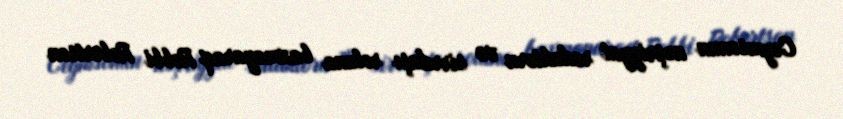
Ceymsonun nəşriyyat redaktoru və sirrdaşı roluna baxmayaraq Robbi Robertson